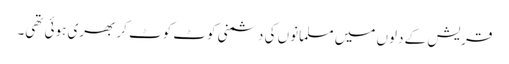
قریش کے دلوں میں مسلمانوں کی دشمنی کوٹ کوٹ کر بھری ہوئی تھی۔